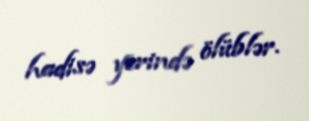
hadisə yerində ölüblər.